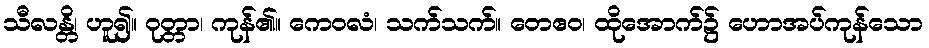
သီလန္တိ၊ ဟူ၍။ ဝုတ္တာ၊ ကုန်၏။ ကေဝလံ၊ သက်သက်။ တေဧဝ၊ ထိုအောက်၌ ဟောအပ်ကုန်သော